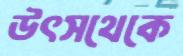
উৎসথেকে